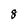
Character: 8